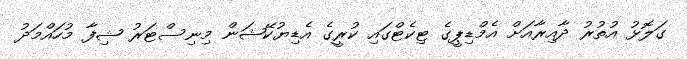
ގަލޮޅު އުތުރު ދާއިރާއަށް އެމްޑިޕީގެ ޓިކެޓްގައި ކުރީގެ އެޑިޔުކޭޝަން މިނިސްޓަރު ޝިފާ މުހައްމަދު